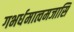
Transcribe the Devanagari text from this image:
गभर्धमात्वमजासि